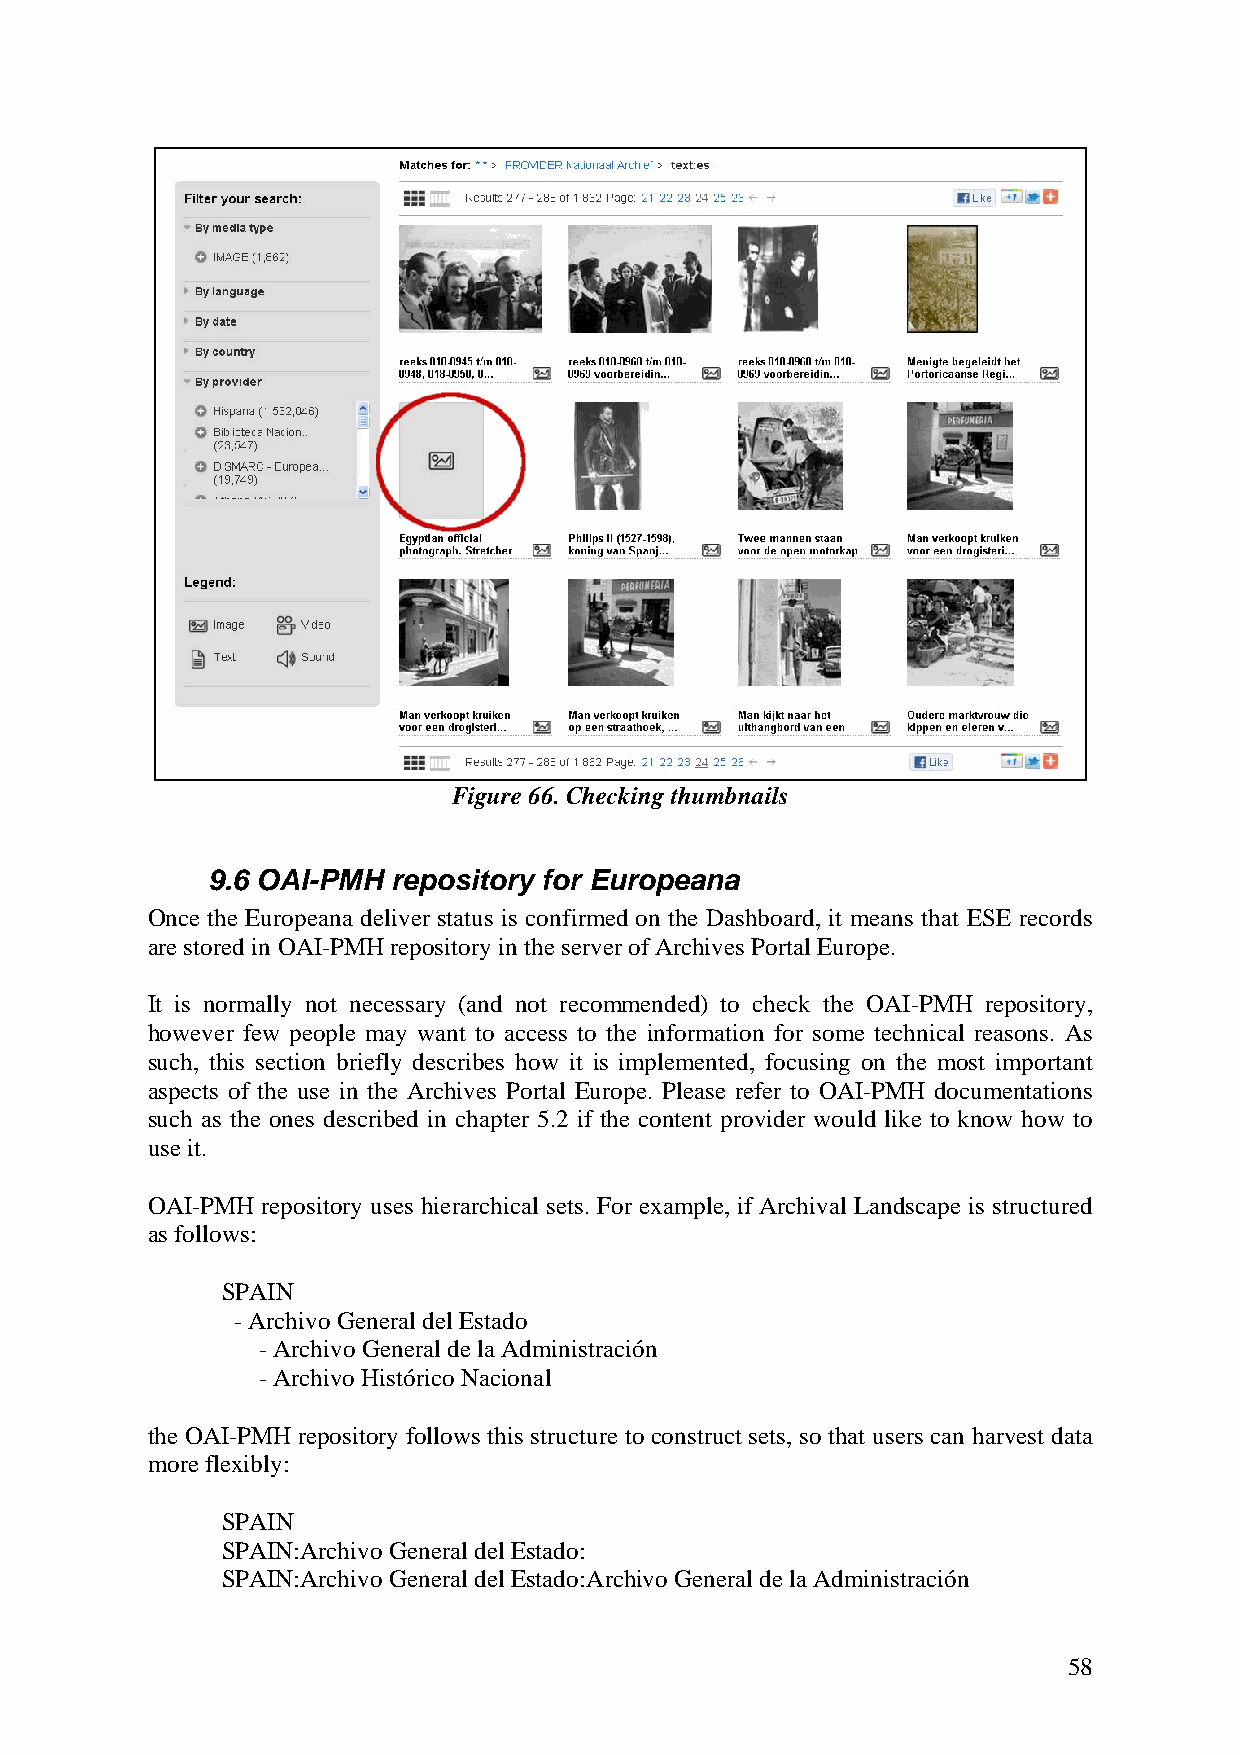
Figure 66. Checking thumbnails
 9.6 OAI-PMH repository for Europeana
 Once the Europeana deliver status is confirmed on the Dashboard, it means that ESE records
 are stored in OAI-PMH repository in the server of Archives Portal Europe.
 It is normally not necessary (and not recommended) to check the OAI-PMH repository,
 however few people may want to access to the information for some technical reasons. As
 such, this section briefly describes how it is implemented, focusing on the most important
 aspects of the use in the Archives Portal Europe. Please refer to OAI-PMH documentations
 such as the ones described in chapter 5.2 if the content provider would like to know how to
 use it.
 OAI-PMH repository uses hierarchical sets. For example, if Archival Landscape is structured
 as follows:
 SPAIN
 - Archivo General del Estado
 - Archivo General de la Administración
 - Archivo Histórico Nacional
 the OAI-PMH repository follows this structure to construct sets, so that users can harvest data
 more flexibly:
 SPAIN
 SPAIN:Archivo General del Estado:
 SPAIN:Archivo General del Estado:Archivo General de la Administración
 58